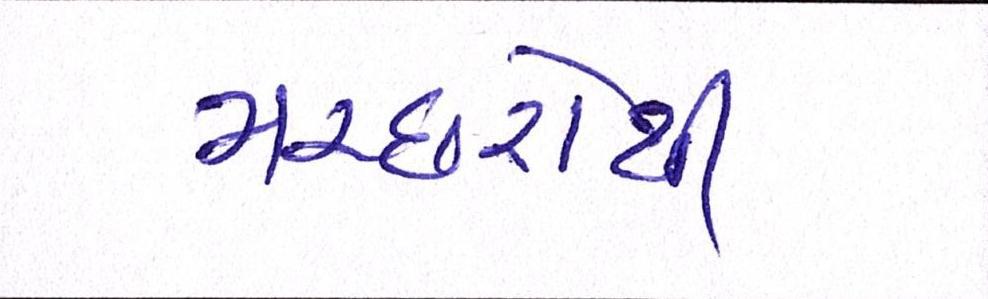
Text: મચ્છરોથી